Vabadussoja_Ajaloo_Komitee, lk 13
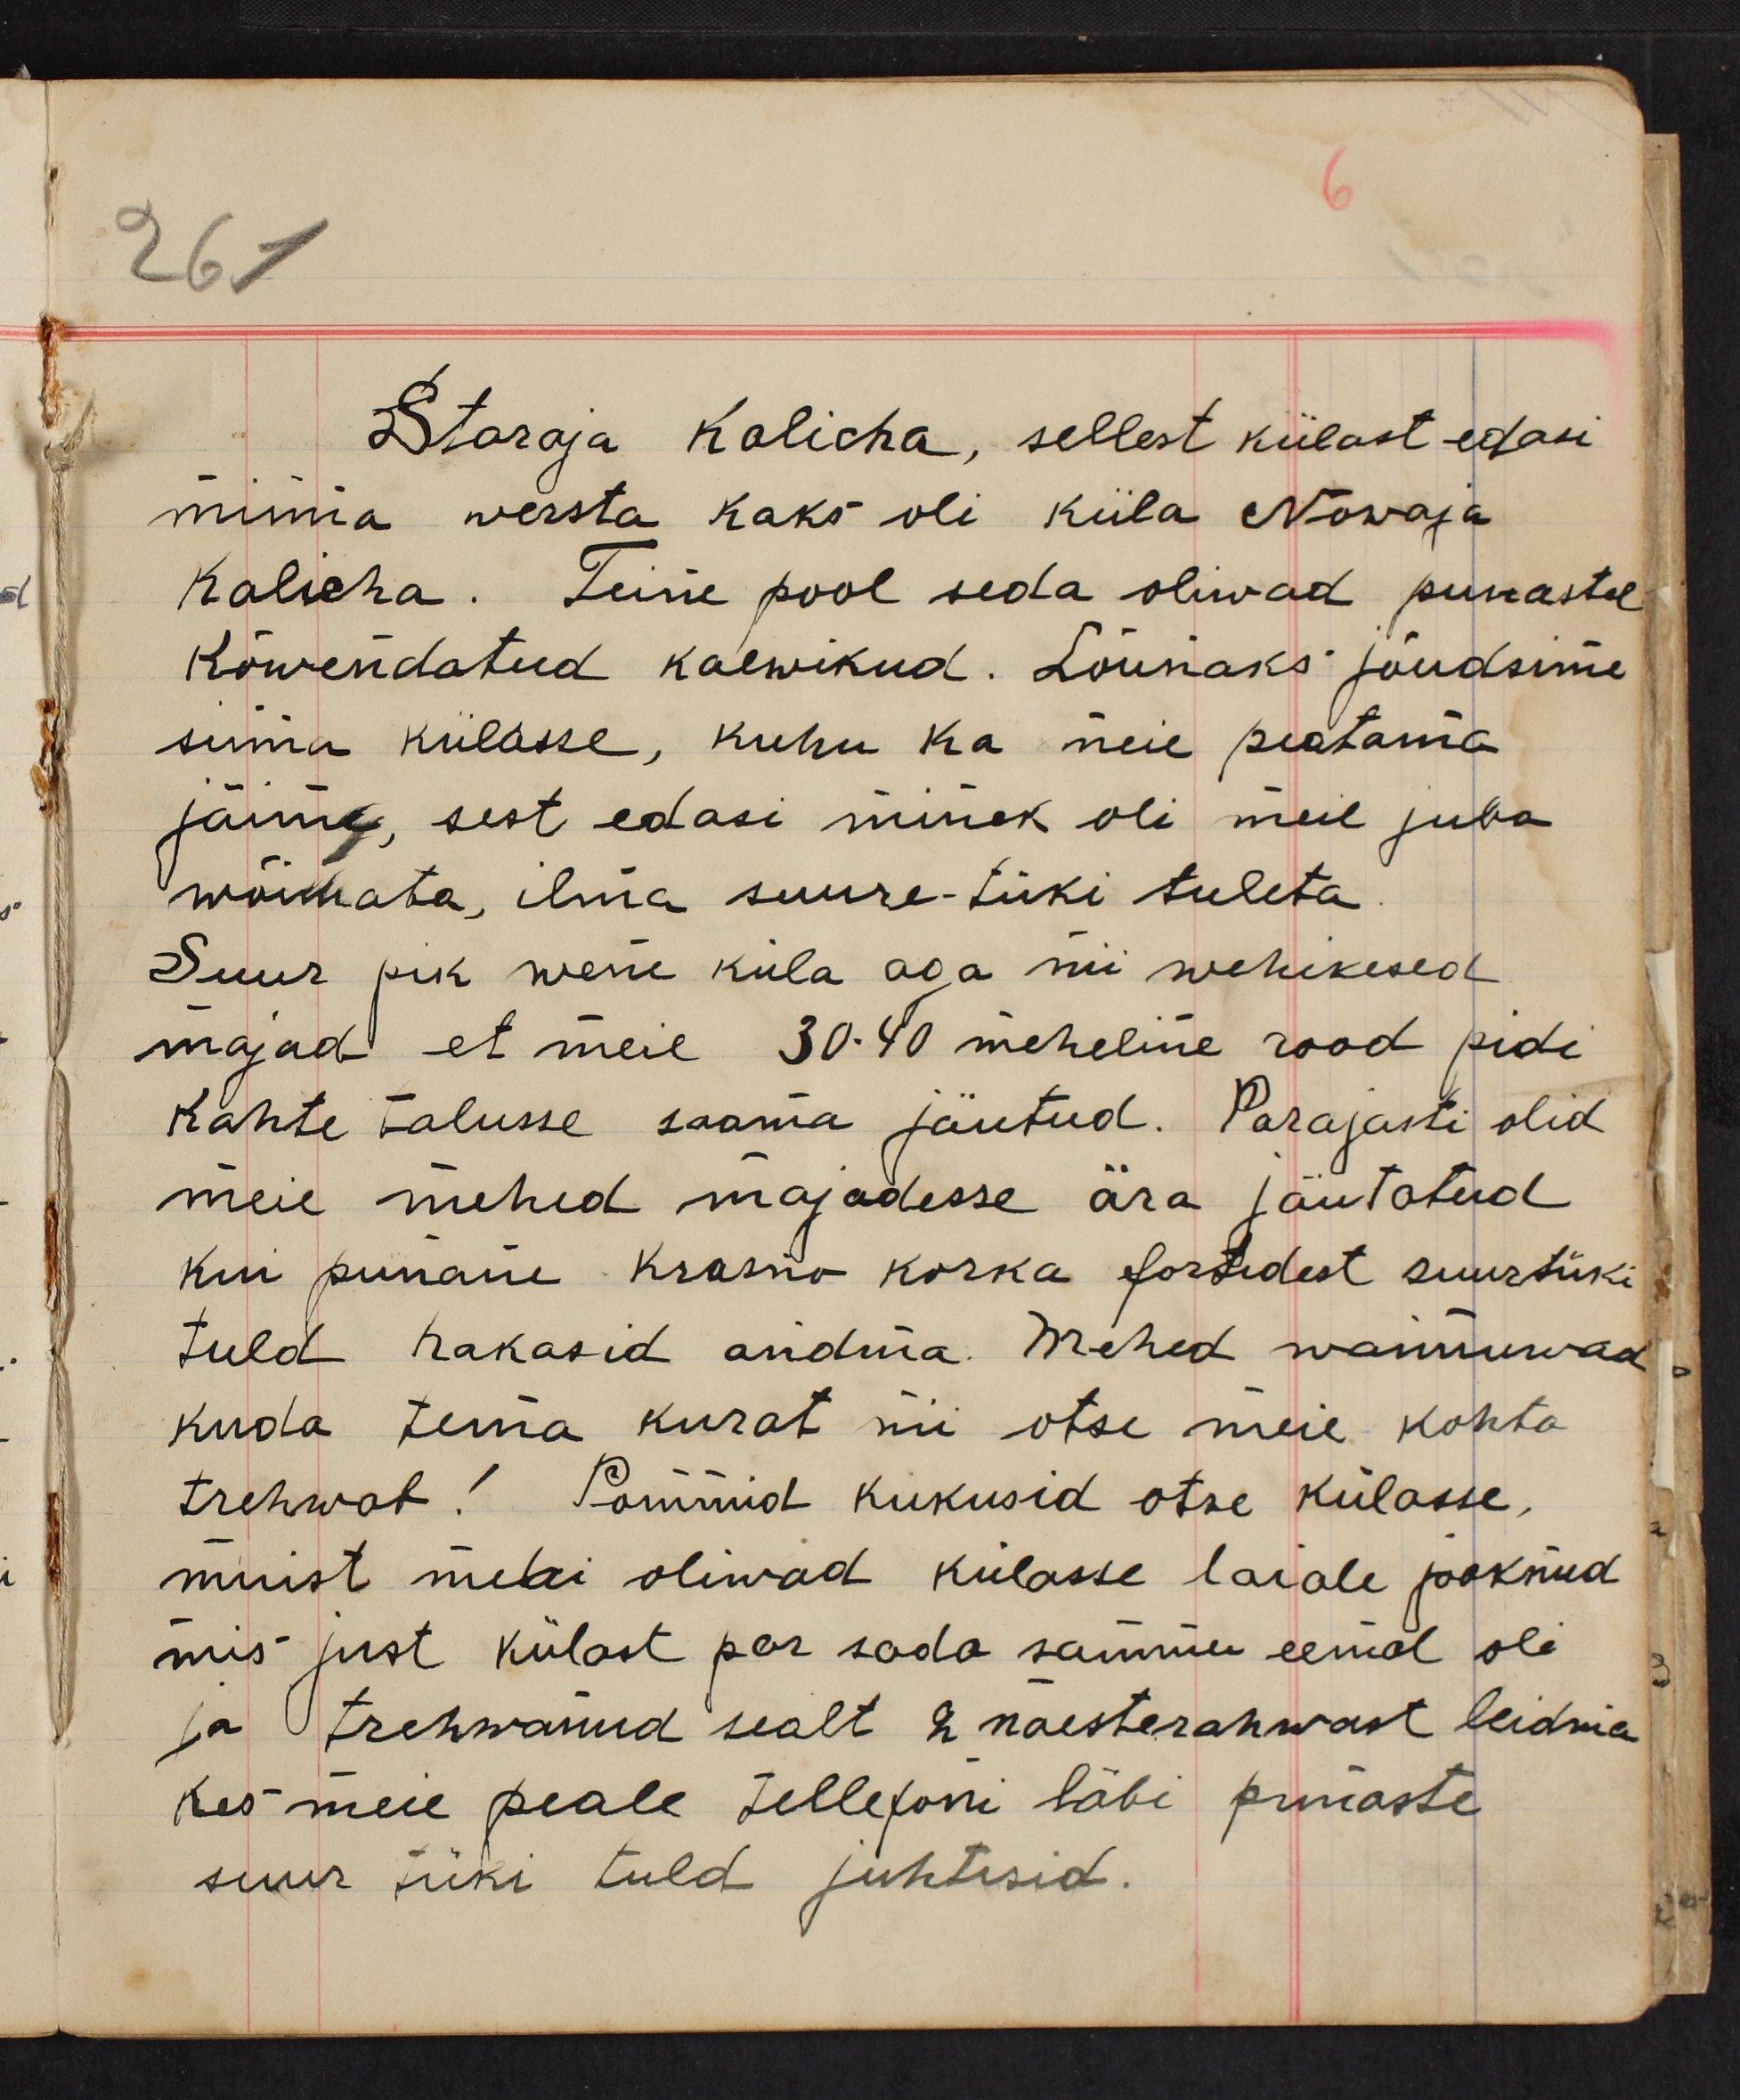
Staraja Kalicha, sellest külast edasi
minna wersta kaks oli küla Nowaja
Kalicha. Teine pool seda oliwad punaste
kõwendatud kaewikud. Lõunaks jõudsime
sinna külasse, kuhu ka meie peatama
jäime, sest edasi minek oli meil juba
wõimata, ilma suure-tüki tuleta.
Suur pik wene küla aga nii wehikesed
majad et meie 30-40 meheline rood pidi
kahte talusse saama jäutud. Parajasti olid
meie mehed majadesse ära jäutatud
kui punane Krasno korka fortidest suurtüki
tuld hakasid andma. Mehed wannuwad
kuda tema kurat nii otse meie kohta
trehwab! Pommid kukusid otse külasse,
muist mehi oliwad külasse laiale jooknud
mis just külast par sada sammu eemal oli
ja trehwanud sealt 2 naesterahwast leidma
Kes meie peale tellefoni läbi punaste
suur tüki tuld juhtisid.